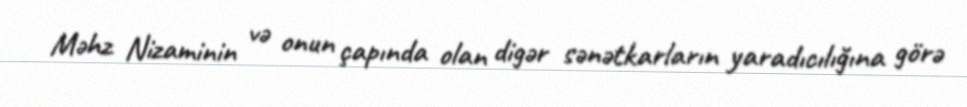
Məhz Nizaminin və onun çapında olan digər sənətkarların yaradıcılığına görə